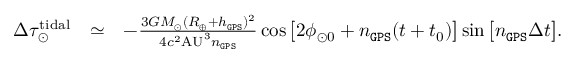
\begin{array} { r l r } { \Delta \tau _ { \odot } ^ { \mathrm { t i d a l } } } & { \simeq } & { - \frac { 3 G M _ { \odot } ( R _ { \oplus } + h _ { \tt G P S } ) ^ { 2 } } { 4 c ^ { 2 } \mathrm { A U } ^ { 3 } n _ { \tt G P S } } \cos \big [ 2 \phi _ { \odot 0 } + n _ { \tt G P S } ( t + t _ { 0 } ) \big ] \sin \big [ n _ { \tt G P S } \Delta t \big ] . } \end{array}